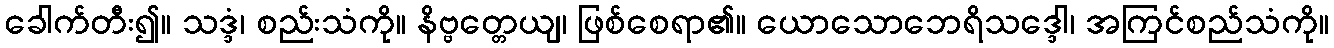
ခေါက်တီး၍။ သဒ္ဒံ၊ စည်းသံကို။ နိဗ္ဗတ္တေယျ၊ ဖြစ်စေရာ၏။ ယောသောဘေရိသဒ္ဒေါ၊ အကြင်စည်သံကို။